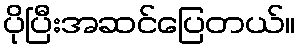
ပိုပြီးအဆင်ပြေတယ်။